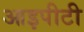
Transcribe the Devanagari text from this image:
आइपीटी